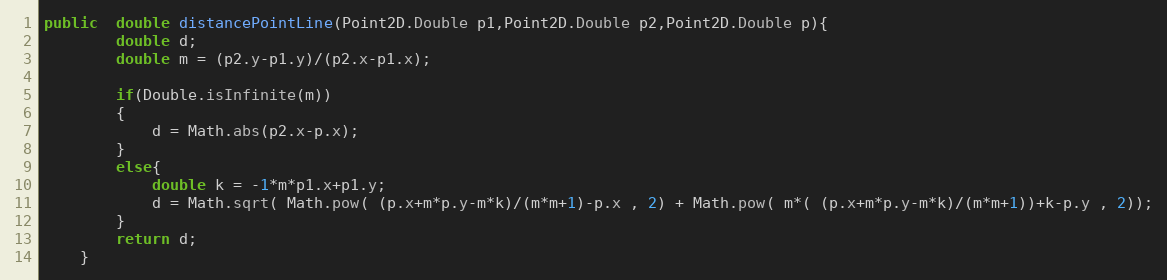
Language: Java
public  double distancePointLine(Point2D.Double p1,Point2D.Double p2,Point2D.Double p){
		double d;
		double m = (p2.y-p1.y)/(p2.x-p1.x);

		if(Double.isInfinite(m))
		{
			d = Math.abs(p2.x-p.x);
		}
		else{
			double k = -1*m*p1.x+p1.y;
			d = Math.sqrt( Math.pow( (p.x+m*p.y-m*k)/(m*m+1)-p.x , 2) + Math.pow( m*( (p.x+m*p.y-m*k)/(m*m+1))+k-p.y , 2));
		}
		return d;
	}